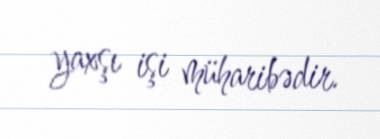
yaxşı işi müharibədir.